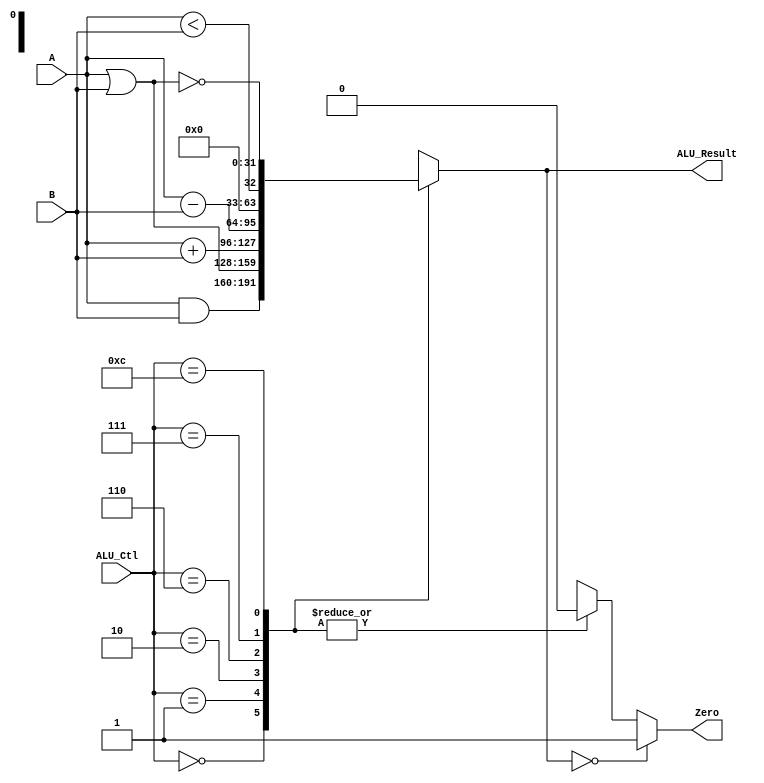
`timescale 1ns / 1ps
//*******************************************************//
// This document contains information proprietary        //
// to the CSULB student that created the                 //
// file - any reuse without adequate approval and        //
// documentation is prohibited                           //
//                                                       //
// Class:      <CECS 440>                                //
// Project:    <Project 1>                               //
//                                                       //
// Created by <Jose Sotelo> on <March 15, 2018>          // 
//                                                       //
// Team: Jose S., Jose P. and Sam P.                     //
// Abstract: Control Unit that tells the datapath        //           
//           with connections are necessary to           //
//           implement the ISA.                          //
//                                                       //
// In submitting this file for class work at CSULB       //
// I am confirming that this is my work and the work     //
// of no one else.                                       // 
//                                                       //
// In the event other code source are utilized I will    //
// document which portion of code and who is the author  //
//                                                       //
// In submitting this code I acknowledge that plagiarism //
// in student project work is subject to dismissal from  //
// the class                                             //
//*******************************************************//
module ALU(A, B, ALU_Ctl, Zero, ALU_Result);

     input     [31:0]    A, B;
     input     [3:0]     ALU_Ctl;       // operation selection control input
     
     output              Zero;          // One 1-bit Zero result indicator 
     output    [31:0]    ALU_Result;
     
     reg       [31:0]    ALU_Result;
     reg flag;
     
     parameter AND = 4'b0000,
               OR  = 4'b0001,
               ADD = 4'b0010,
               SUB = 4'b0110,
               SLT = 4'b0111,
               NOR = 4'b1100;
     
    always @(*)
     begin
          flag = 0;
          case(ALU_Ctl)
               AND       :    ALU_Result =  (A & B);
               OR        :    ALU_Result =  (A | B);
               ADD       :    ALU_Result =  (A + B);
               SUB       :    ALU_Result =  (A - B);
               SLT       :    ALU_Result =  (A < B);
               NOR       :    ALU_Result = ~(A | B);
               default   :    begin ALU_Result =  32'hxxxxxxxx; flag = 1; end
          endcase
     end 
     
     assign Zero = (ALU_Result == 32'h0000_0000) ? 1'b1 : 
                   (flag) ? 1'bx : 1'b0;

endmodule